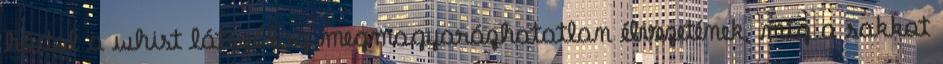
hódol a whist látszólag megmagyarázhatatlan élvezetének, míg a sakkot